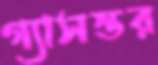
গ্যাসস্তর